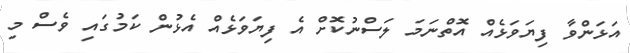
އަޅަންވާ ފިޔަވަޅެއް އޮތްނަމަ ލަސްނުކޮށް އެ ފިޔަވަޅެއް އެޅުން ކަމުގައި ވެސް މި